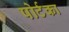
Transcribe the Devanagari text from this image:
पोर्टका